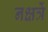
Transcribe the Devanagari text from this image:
नक्षत्रें